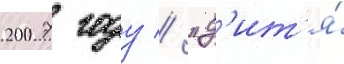
2007 году // "д'ит'я́